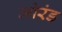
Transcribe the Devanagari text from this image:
मोरंड